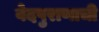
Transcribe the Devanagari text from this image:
वेदपुराणाची